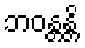
ဘဝန္တန္တိ